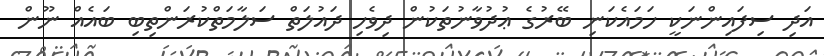
އަދި ސިފައިންނަކީ ހަމައެކަނި ބޭރުގެ ޢުދުވާނުތަކުން ދިވެހި ދައުލަތް ސަލާމަތްކުރަންތިބި ބައެއް ނޫން